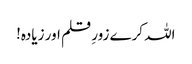
اللہ کرے زورِ قلم اور زیادہ!